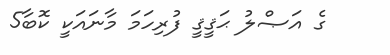
ގެ އަޞްލު ޙަޤީޤީ ފުރިހަމަ މާނައަކީ ކޮބާ5